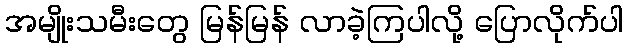
အမျိုးသမီးတွေ မြန်မြန် လာခဲ့ကြပါလို့ ပြောလိုက်ပါ